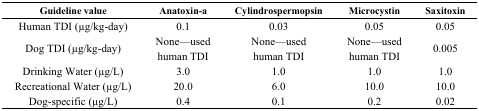
| Guideline value | Anatoxin-a | Cylindrospermopsin | Microcystin | Saxitoxin |
 | --- | --- | --- | --- | --- |
 | Human TDI (μg/kg-day) | 0.1 | 0.03 | 0.05 | 0.05 |
 | Dog TDI (μg/kg-day) | None—used human TDI | None—used human TDI | None—used human TDI | 0.005 |
 | Drinking Water (μg/L) | 3.0 | 1.0 | 1.0 | 1.0 |
 | Recreational Water (μg/L) | 20.0 | 6.0 | 10.0 | 10.0 |
 | Dog-specific (μg/L) | 0.4 | 0.1 | 0.2 | 0.02 |